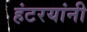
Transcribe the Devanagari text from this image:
हंटरयांनी